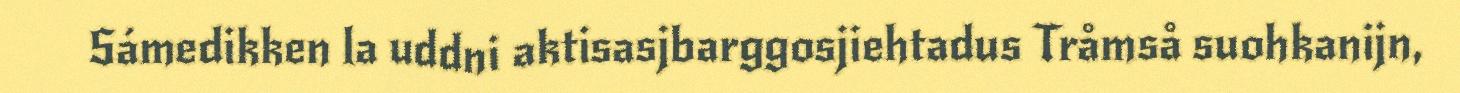
Sámedikken la uddni aktisasjbarggosjiehtadus Tråmså suohkanijn,